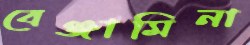
বেঞ্জামিনা